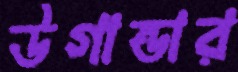
উগান্ডার